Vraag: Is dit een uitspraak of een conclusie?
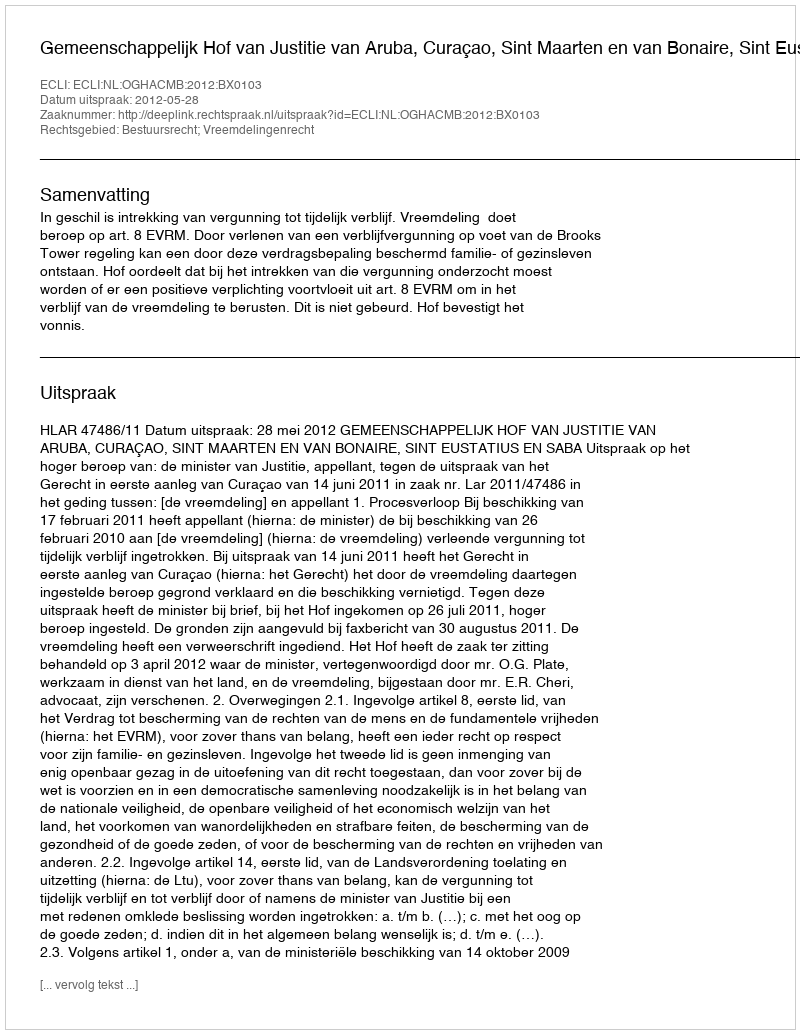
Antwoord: Uitspraak